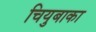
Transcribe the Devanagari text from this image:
चियुबाका